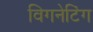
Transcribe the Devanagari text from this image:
विगनेटिंग